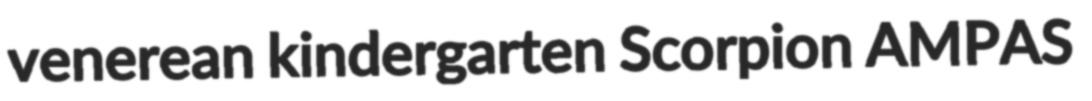
venerean kindergarten Scorpion AMPAS